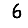
Digit: 6